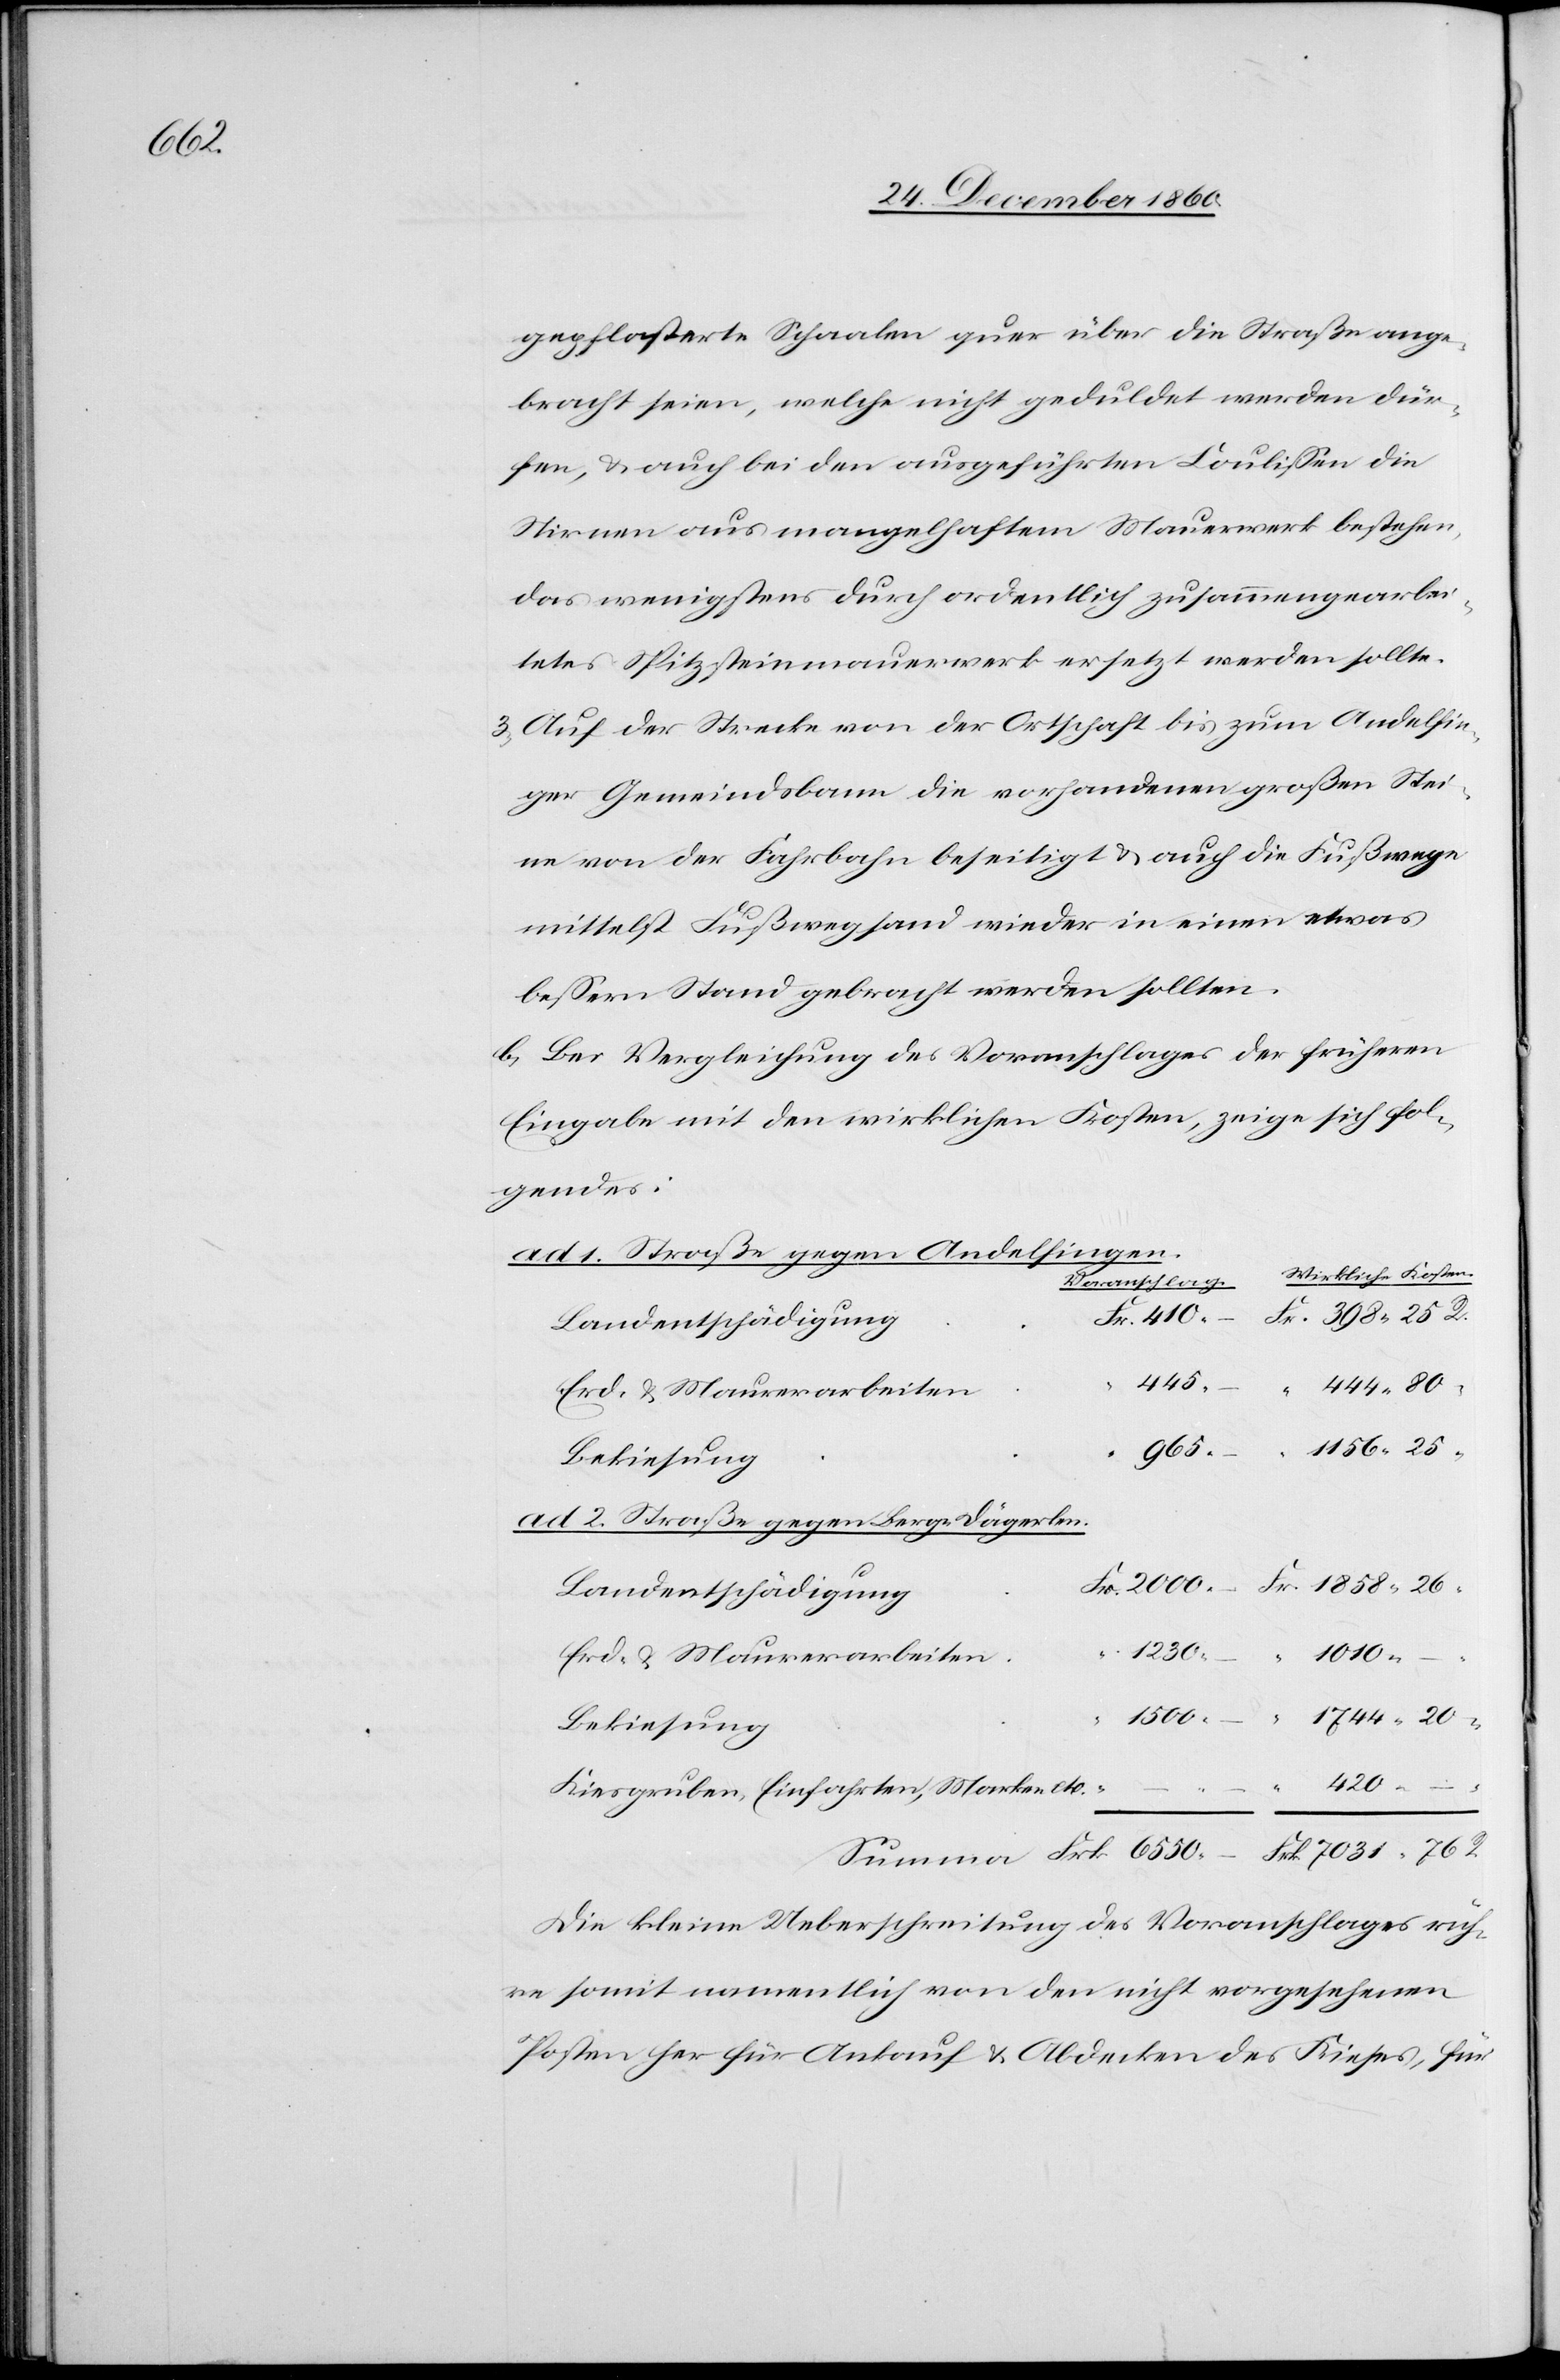
Frk.

gepflasterte Schaalen quer über die Straße ange¬
bracht seien, welche nicht geduldet werden dür¬
fen, u. auch bei den ausgeführten Coulissen die
Stirnen aus mangelhaftem Mauerwerk bestehen,
das wenigstens durch ordentlich zusammengearbei¬
tetes Spitzsteinmauerwerk ersetzt werden sollte.
3) Auf der Strecke von der Ortschaft bis zum Andelfin¬
ger Gemeindsbann die vorhandenen großen Stei¬
ne von der Fahrbahn beseitigt u. auch die Fußwege
mittelst Fußwegsand wieder in einen etwas
bessern Stand gebracht werden sollten.
b. Bei Vergleichung des Voranschlages der früheren
Eingabe mit den wirklichen Kosten, zeige sich fol¬
gendes:
ad 1. Straße gegen Andelfingen.
6550
Erd- u. Maurerarbeiten
1858
ad 2. Straße gegen Berg-Dägerlen
Landentschädigung
R.
1230
1010
Bekiesung
Kiesgruben, Einfahrten, Marken etc.
Die kleine Ueberschreitung des Voranschlages rüh¬
re somit namentlich von den nicht vorgesehenen
Posten her für Ankauf u. Abdecken des Kieses, für